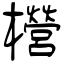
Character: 櫿